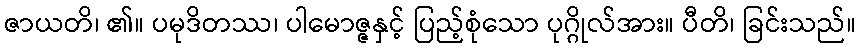
ဇာယတိ၊ ၏။ ပမုဒိတဿ၊ ပါမောဇ္ဇနှင့် ပြည့်စုံသော ပုဂ္ဂိုလ်အား။ ပီတိ၊ ခြင်းသည်။